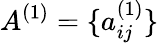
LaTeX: A^{(1)}=\{ a_{ij}^{(1)}\}